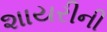
શાયરીની